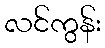
လင်ကွန်း